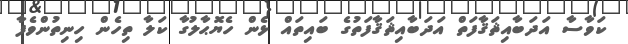
ކަވާސާ އަދަބާއިޘަޤާފަތް އަދަބާއިޘަޤާފަތުގެ ބައިތައް ޅެން ހެޔޮޙާލުގާ ކަލާ ތިހެން ހިނިތުންވެފާ